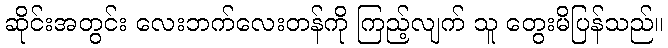
ဆိုင်းအတွင်း လေးဘက်လေးတန်ကို ကြည့်လျက် သူ တွေးမိပြန်သည်။